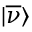
| \overline { { \nu } } \rangle